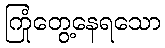
ကြုံတွေ့နေရသော